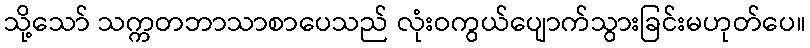
သို့သော် သက္ကတဘာသာစာပေသည် လုံးဝကွယ်ပျောက်သွားခြင်းမဟုတ်ပေ။